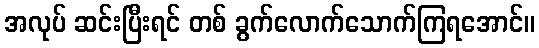
အလုပ် ဆင်းပြီးရင် တစ် ခွက်လောက်သောက်ကြရအောင်။